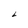
Character: 6